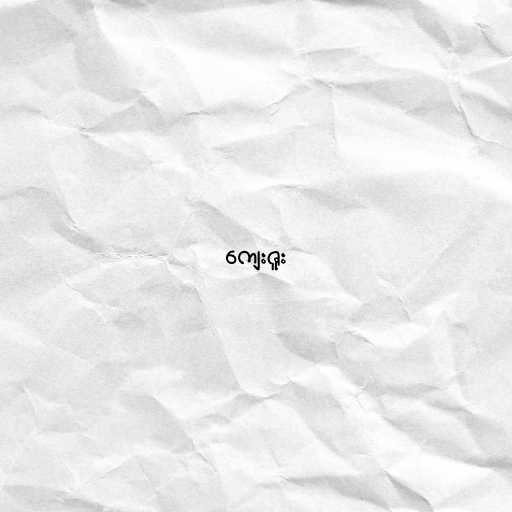
ကျေးဇူး